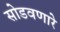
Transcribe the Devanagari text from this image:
सोडवणारे